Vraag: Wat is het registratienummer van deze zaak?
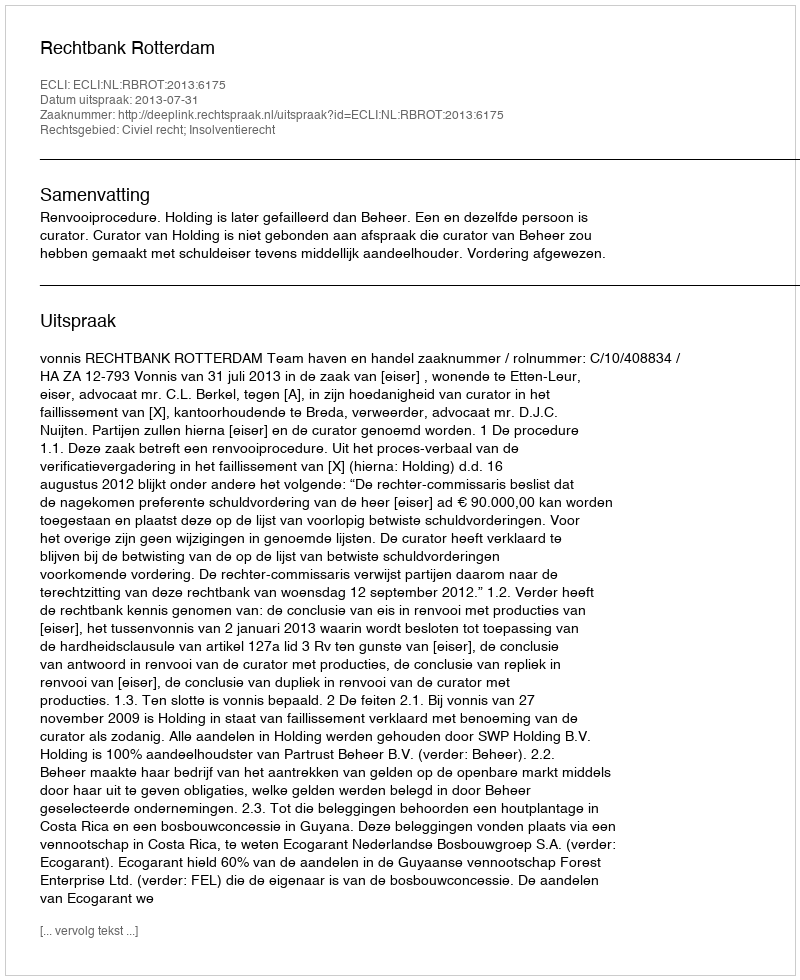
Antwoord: http://deeplink.rechtspraak.nl/uitspraak?id=ECLI:NL:RBROT:2013:6175